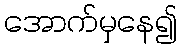
အောက်မှနေ၍